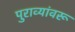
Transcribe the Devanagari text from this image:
पुराव्यांवरू